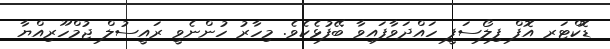
ޑޮކްޓަރ އޮފް ފިލޯސަފީ ހައްދަވާފައިވާ ބޭފުޅެކެވެ. މިހާރު ހުންނެވީ ރައީސުލް ޖުމްހޫރިއްޔާ